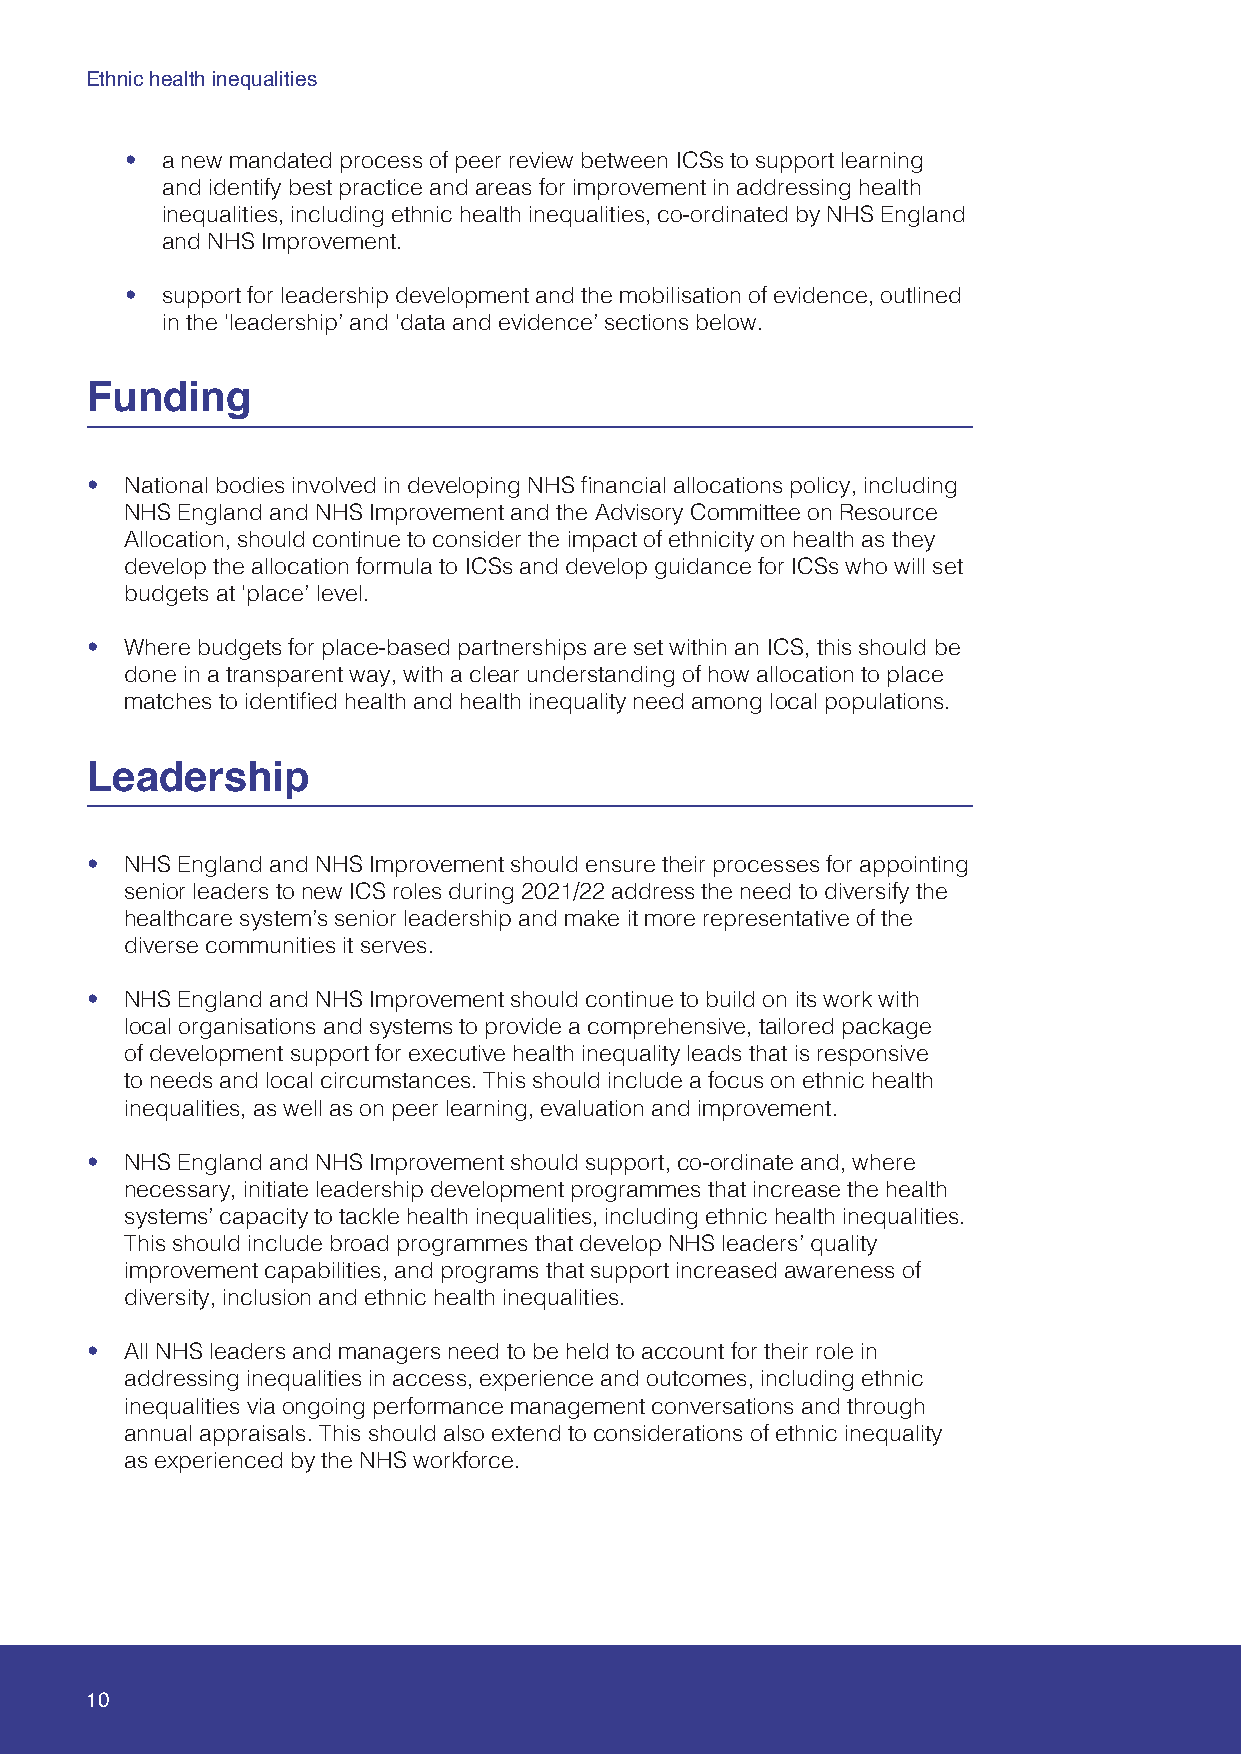
Ethnic health inequalities
 •  a new mandated process of peer review between ICSs to support learning
 and identify best practice and areas for improvement in addressing health
 inequalities, including ethnic health inequalities, co-ordinated by NHS England
 and NHS Improvement.
 •  support for leadership development and the mobilisation of evidence, outlined
 in the ‘leadership’ and ‘data and evidence’ sections below.
 Funding
 • National bodies involved in developing NHS financial allocations policy, including
 NHS England and NHS Improvement and the Advisory Committee on Resource
 Allocation, should continue to consider the impact of ethnicity on health as they
 develop the allocation formula to ICSs and develop guidance for ICSs who will set
 budgets at ‘place’ level.
 • Where budgets for place-based partnerships are set within an ICS, this should be
 done in a transparent way, with a clear understanding of how allocation to place
 matches to identified health and health inequality need among local populations.
 Leadership
 • NHS England and NHS Improvement should ensure their processes for appointing
 senior leaders to new ICS roles during 2021/22 address the need to diversify the
 healthcare system’s senior leadership and make it more representative of the
 diverse communities it serves.
 • NHS England and NHS Improvement should continue to build on its work with
 local organisations and systems to provide a comprehensive, tailored package
 of development support for executive health inequality leads that is responsive
 to needs and local circumstances. This should include a focus on ethnic health
 inequalities, as well as on peer learning, evaluation and improvement.
 • NHS England and NHS Improvement should support, co-ordinate and, where
 necessary, initiate leadership development programmes that increase the health
 systems’ capacity to tackle health inequalities, including ethnic health inequalities.
 This should include broad programmes that develop NHS leaders’ quality
 improvement capabilities, and programs that support increased awareness of
 diversity, inclusion and ethnic health inequalities.
 • All NHS leaders and managers need to be held to account for their role in
 addressing inequalities in access, experience and outcomes, including ethnic
 inequalities via ongoing performance management conversations and through
 annual appraisals. This should also extend to considerations of ethnic inequality
 as experienced by the NHS workforce.
 10